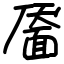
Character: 靥